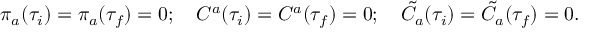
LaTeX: \pi _ { a } ( \tau _ { i } ) = \pi _ { a } ( \tau _ { f } ) = 0 ; \quad C ^ { a } ( \tau _ { i } ) = C ^ { a } ( \tau _ { f } ) = 0 ; \quad \tilde { C } _ { a } ( \tau _ { i } ) = \tilde { C } _ { a } ( \tau _ { f } ) = 0 .